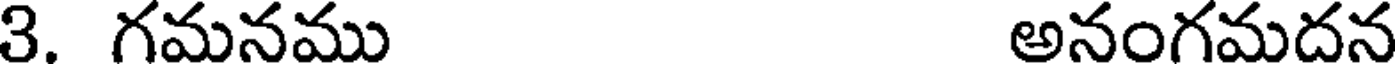
3. గమనము అనంగమదన